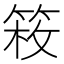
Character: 𥯍